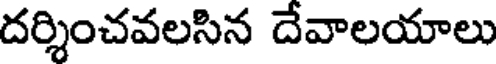
దర్శించవలసిన దేవాలయాలు